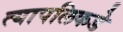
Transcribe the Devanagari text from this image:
त्यापलिकडे